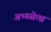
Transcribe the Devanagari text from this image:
अभ्यसेत्स